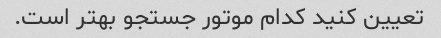
تعیین کنید کدام موتور جستجو بهتر است.